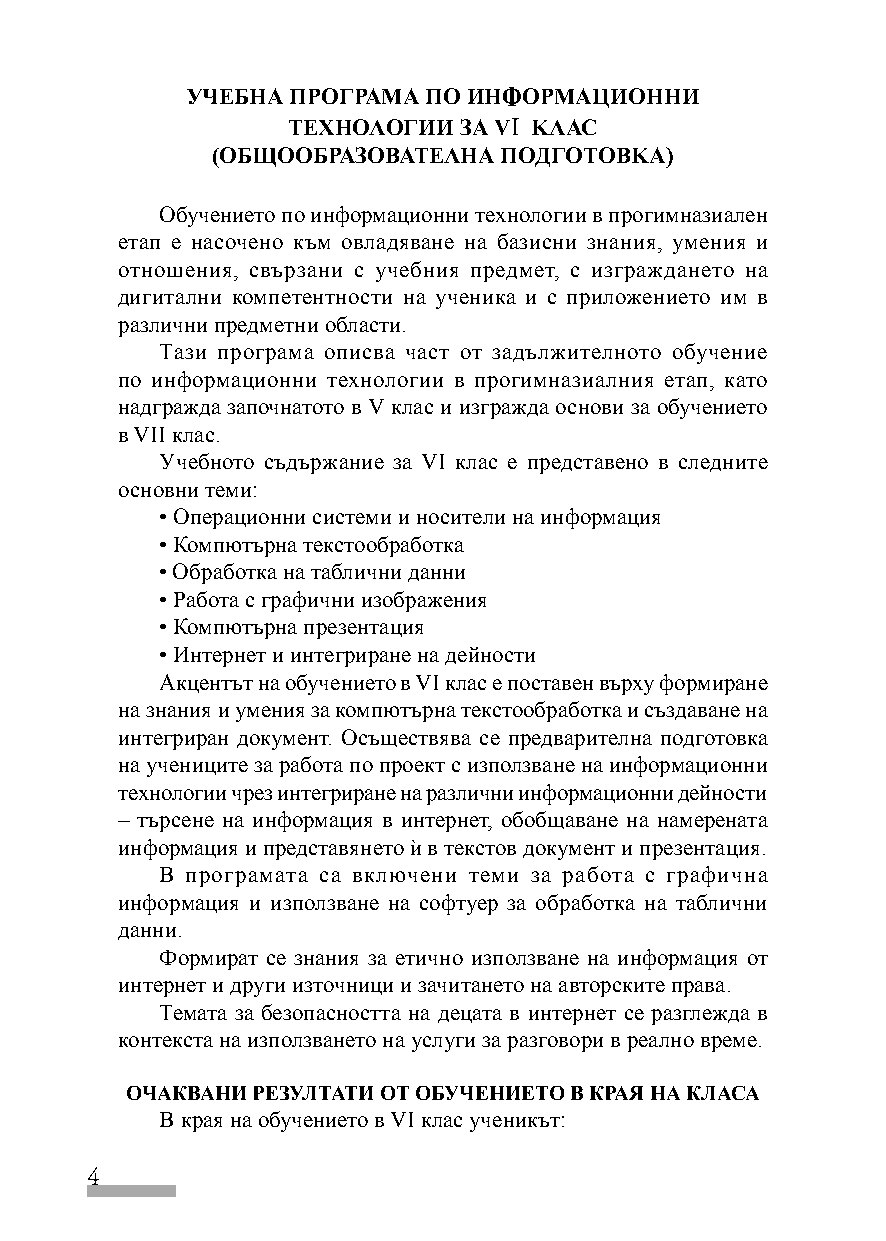
УЧЕБНА ПРОГРАМА ПО ИНФОРМАЦИОННИ
 ТЕХНОЛОГИИ ЗА VI КЛАС
 (ОБЩООБРАЗОВАТЕЛНА ПОДГОТОВКА)
 Обучението по информационни технологии в прогимназиален
 етап е насочено към овладяване на базисни знания, умения и
 отношения, свързани с учебния предмет, с изграждането на
 дигитални компетентности на ученика и с приложението им в
 различни предметни области.
 Тази програма описва част от задължителното обучение
 по информационни технологии в прогимназиалния етап, като
 надгражда започнатото в V клас и изгражда основи за обучението
 в VII клас.
 Учебното съдържание за VI клас е представено в следните
 основни теми:
 • Операционни системи и носители на информация
 • Компютърна текстообработка
 • Обработка на таблични данни
 • Работа с графични изображения
 • Компютърна презентация
 • Интернет и интегриране на дейности
 Акцентът на обучението в VI клас е поставен върху формиране
 на знания и умения за компютърна текстообработка и създаване на
 интегриран документ. Осъществява се предварителна подготовка
 на учениците за работа по проект с използване на информационни
 технологии чрез интегриране на различни информационни дейности
 – търсене на информация в интернет, обобщаване на намерената
 информация и представянето `и в текстов документ и презентация.
 В програмата са включени теми за работа с графична
 информация и използване на софтуер за обработка на таблични
 данни.
 Формират се знания за етично използване на информация от
 интернет и други източници и зачитането на авторските права.
 Темата за безопасността на децата в интернет се разглежда в
 контекста на използването на услуги за разговори в реално време.
 ОЧАКВАНИ РЕЗУЛТАТИ ОТ ОБУЧЕНИЕТО В КРАЯ НА КЛАСА
 В края на обучението в VI клас ученикът:
 4